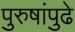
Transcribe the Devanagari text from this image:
पुरुषांपुढे